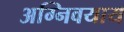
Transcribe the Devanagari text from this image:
अग्निवयाय